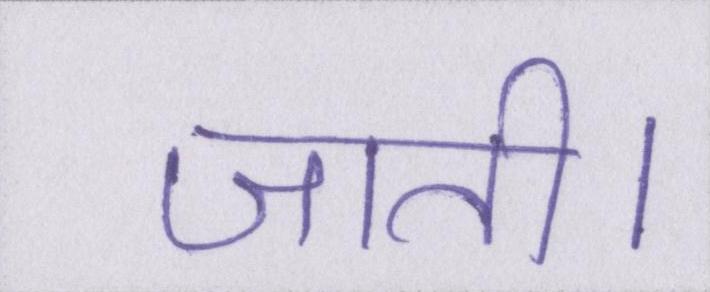
जाती।